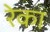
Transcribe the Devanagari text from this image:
रेका